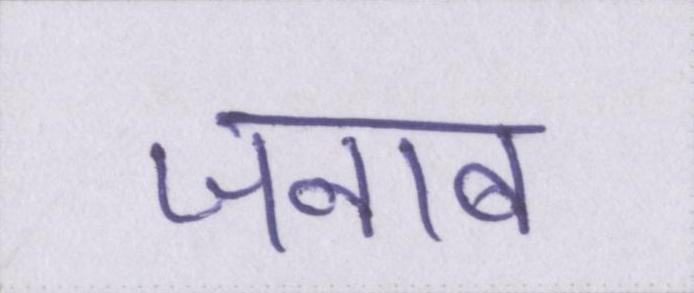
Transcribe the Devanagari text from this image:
जनाब